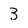
Character: 3